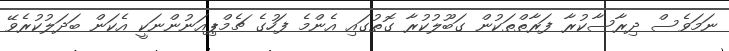
ނަމަވެސް ދިރާސާކުރާ ފަރާތްތަކުން ގަބޫލުކުރާ ގޮތުގައި އެންމެ ފަހުގެ ޗެމްޕިއަނުންނަކީ އެކަން ބަދަލުކުރެވޭ